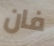
فان